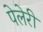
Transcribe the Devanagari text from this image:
पेलेरी